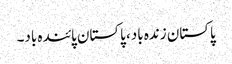
پاکستان زندہ باد، پاکستان پائندہ باد۔